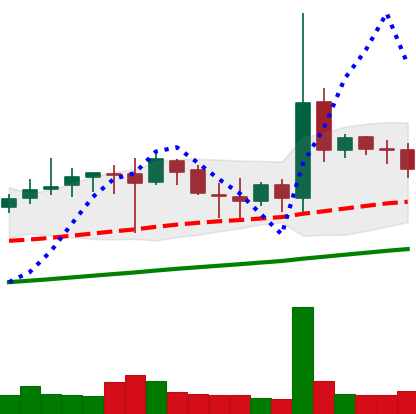
Ticker: DOGE-USD
Chart end date: 2019-07-10
Forward return: -9.696%
Label: down_7plus